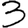
Digit: 3